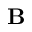
\textbf { B }